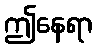
ဤနေရာ